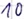
Text: 10